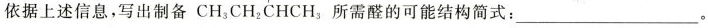
依据上述信息，写出制备CH_{3}CH_{2}CHCH_{3}所需醛的可能结构简式:___。